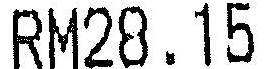
RM28.15